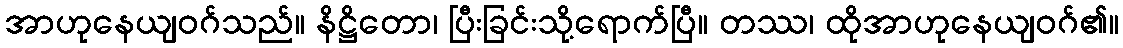
အာဟုနေယျဝဂ်သည်။ နိဋ္ဌိတော၊ ပြီးခြင်းသို့ရောက်ပြီ။ တဿ၊ ထိုအာဟုနေယျဝဂ်၏။